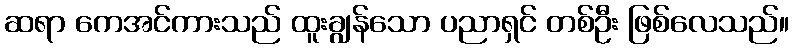
ဆရာ ကေအင်ကားသည် ထူးချွန်သော ပညာရှင် တစ်ဦး ဖြစ်လေသည်။